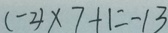
( - 2 ) \times 7 + 1 = - 1 3